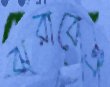
ঝরাবেঐ